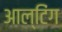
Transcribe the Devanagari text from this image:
आल्टिंग